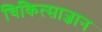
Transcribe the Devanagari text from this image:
चिकित्साज्ञान